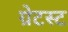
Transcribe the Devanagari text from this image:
ग्रेटस्ट